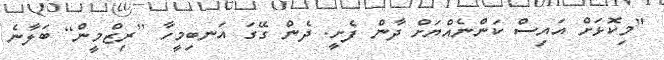
"މިކޮޅަށް އައިސް ކަންނެއްޔަށް ދާން ފެށީ. ދެން ގޭގަ އަނބިމީހާ [ރިޒްމީން] ބަލާނެ